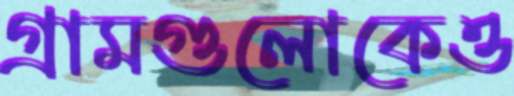
গ্রামগুলোকেও